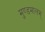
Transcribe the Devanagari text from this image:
मुण्डमालम्